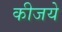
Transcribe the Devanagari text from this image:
कीजये